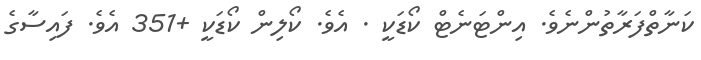
ކަނާތްފަރާތުންނެވެ. އިންޓަނެޓް ކޯޑަކީ . އެވެ. ކޯލިން ކޯޑަކީ +351 އެވެ. ފައިސާގެ